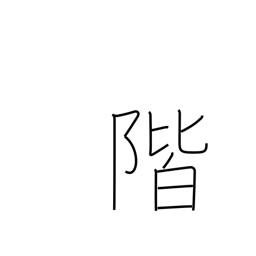
Meaning: stair